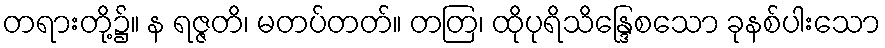
တရားတို့၌။ န ရဇ္ဇတိ၊ မတပ်တတ်။ တတြ၊ ထိုပုရိသိန္ဒြေစသော ခုနစ်ပါးသော